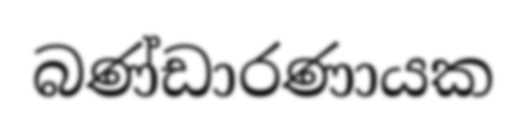
බණ්ඩාරණායක